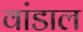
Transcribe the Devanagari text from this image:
वांडाल